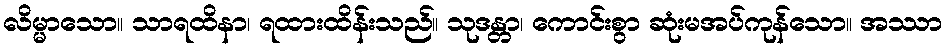
လိမ္မာသော။ သာရထိနာ၊ ရထားထိန်းသည်။ သုဒန္တာ၊ ကောင်းစွာ ဆုံးမအပ်ကုန်သော။ အဿာ